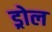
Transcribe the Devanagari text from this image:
ड्रोल